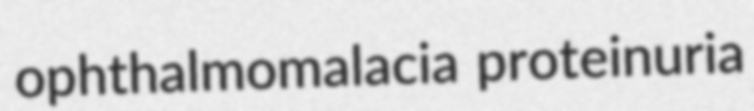
ophthalmomalacia proteinuria